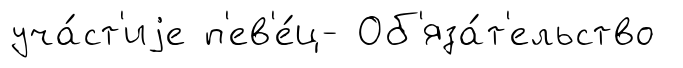
уча́ст'иjе п'ев'е́ц- Об'яза́т'ельство